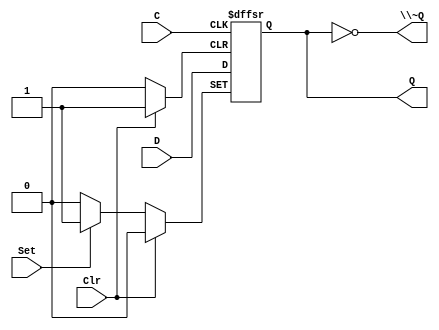
module DIG_D_FF_AS_1bit
#(
    parameter Default = 0
)
(
   input Set,
   input D,
   input C,
   input Clr,
   output Q,
   output \~Q
);
    reg state;

    assign Q = state;
    assign \~Q  = ~state;

    always @ (posedge C or posedge Clr or posedge Set)
    begin
        if (Set)
            state <= 1'b1;
        else if (Clr)
            state <= 'h0;
        else
            state <= D;
    end

    initial begin
        state = Default;
    end
endmodule

module nlprg3 (
  input clk,
  input rst,
  output [2:0] o
);
  wire o1;
  wire s0;
  wire o0;
  wire o2;
  wire s1;
  DIG_D_FF_AS_1bit #(
    .Default(0)
  )
  DIG_D_FF_AS_1bit_i0 (
    .Set( 1'b0 ),
    .D( s0 ),
    .C( clk ),
    .Clr( rst ),
    .Q( o0 )
  );
  DIG_D_FF_AS_1bit #(
    .Default(0)
  )
  DIG_D_FF_AS_1bit_i1 (
    .Set( 1'b0 ),
    .D( o1 ),
    .C( clk ),
    .Clr( rst ),
    .Q( o2 )
  );
  DIG_D_FF_AS_1bit #(
    .Default(0)
  )
  DIG_D_FF_AS_1bit_i2 (
    .Set( 1'b0 ),
    .D( s1 ),
    .C( clk ),
    .Clr( rst ),
    .Q( o1 )
  );
  assign s0 = ~ ((o1 ^ o2) ^ o1);
  assign s1 = (~ (o1 ^ o0) ^ ~ (o2 | o1));
  assign o[0] = o1;
  assign o[1] = o1;
  assign o[2] = o2;
endmodule